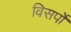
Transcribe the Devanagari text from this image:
विसर्पो